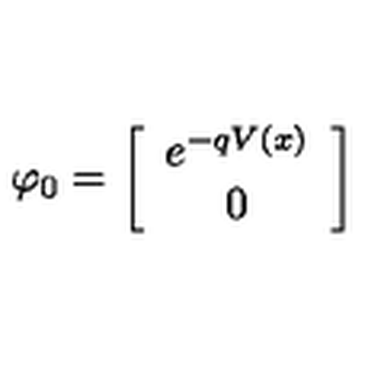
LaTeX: \varphi _ { 0 } = \left[ \begin{array} { c } { e ^ { - q V ( x ) } } \\ { 0 } \\ \end{array} \right]